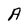
Character: A